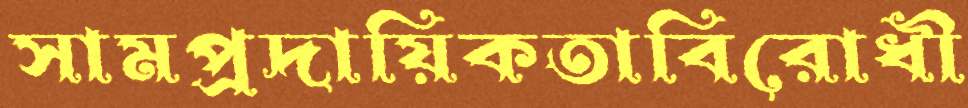
সামপ্রদায়িকতাবিরোধী